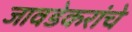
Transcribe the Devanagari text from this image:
जावडेकरांचे